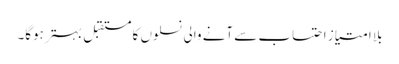
بلا امتیاز احتساب سے آنے والی نسلوں کا مستقبل بہتر ہوگا۔